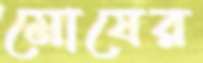
মোষের